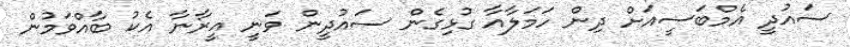
ސައުދީ އެމްބަސީއަށް ދިން ހަމަލާއާ ގުޅިގެން ސައުދީން ވަނީ އީރާނާ އެކު ބާއްވަމުން